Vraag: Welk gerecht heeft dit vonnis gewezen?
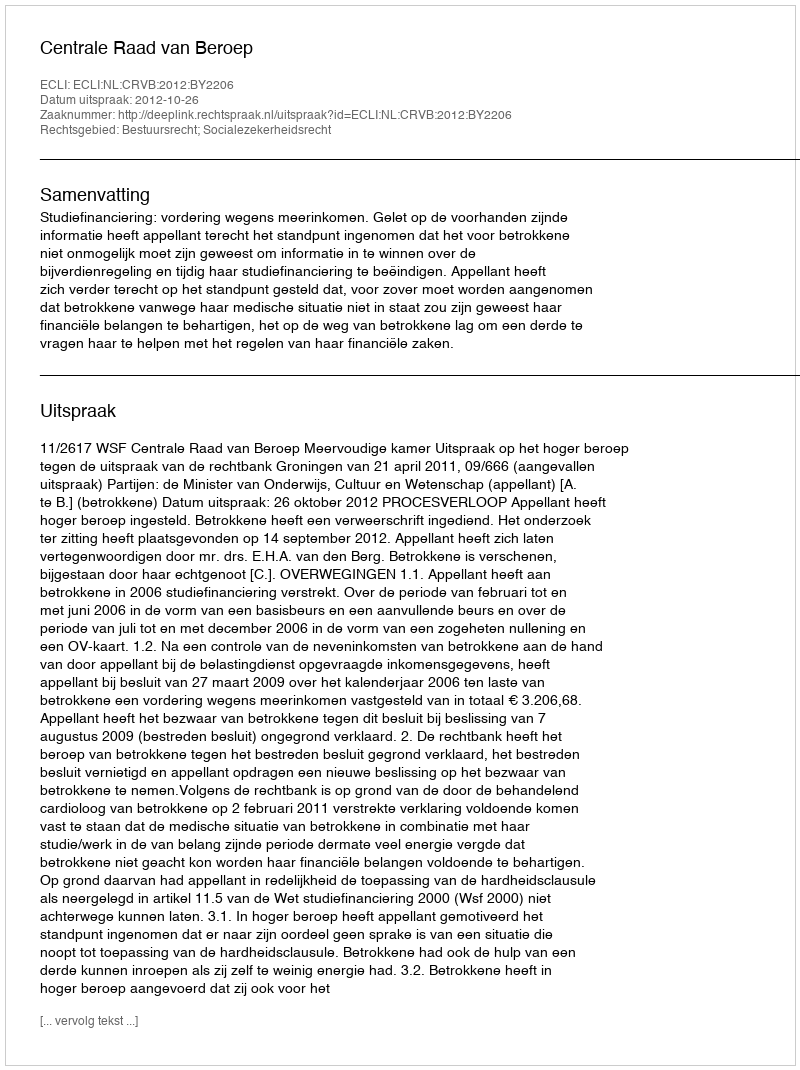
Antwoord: Centrale Raad van Beroep